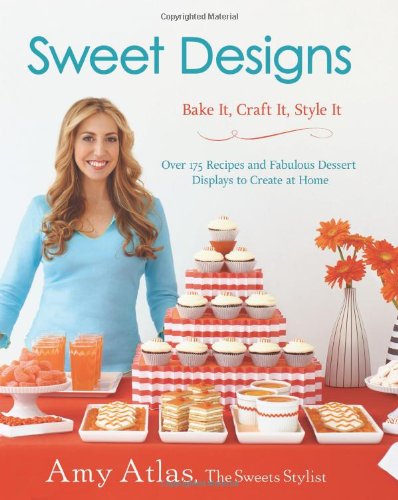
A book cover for Sweet Designs: Bake It, Craft It, Style It; Amy Atlas; Cookbooks, Food & Wine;